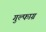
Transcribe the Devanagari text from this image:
गुल्फाग्र